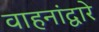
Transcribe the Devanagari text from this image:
वाहनांद्वारे